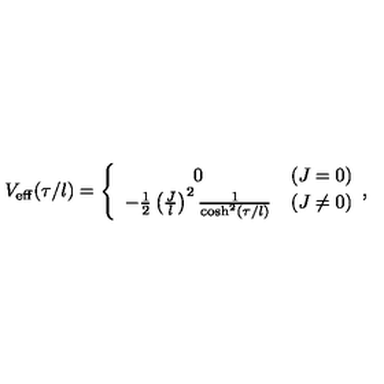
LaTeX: V _ { \mathrm { e f f } } ( \tau / l ) = \left\{ \begin{array} { c l } { 0 } & { ( J = 0 ) } \\ { - \frac { 1 } { 2 } \left( \frac { J } { l } \right) ^ { 2 } \frac { 1 } { \cosh ^ { 2 } ( \tau / l ) } } & { ( J \neq 0 ) } \\ \end{array} , \right.